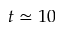
t \simeq 1 0